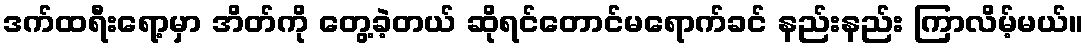
ဒက်ထရီးရော့မှာ အိတ်ကို တွေ့ခဲ့တယ် ဆိုရင်တောင်မရောက်ခင် နည်းနည်း ကြာလိမ့်မယ်။